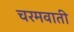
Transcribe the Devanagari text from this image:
चरमवाती